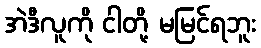
အဲဒီလူကို ငါတို့ မမြင်ရဘူး